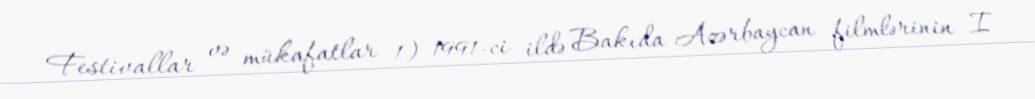
Festivallar və mükafatlar 1) 1991-ci ildə Bakıda Azərbaycan filmlərinin I